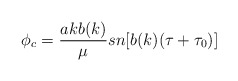
\begin{align*}\phi_c=\frac{a kb(k)}{\mu}sn[b(k)(\tau+\tau_0)]\end{align*}